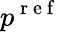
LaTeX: p^{\mathrm{~r~e~f~}}